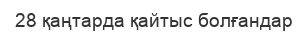
28 қаңтарда қайтыс болғандар